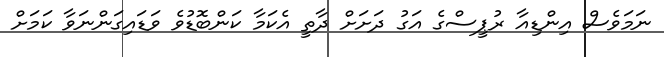
ނަމަވެސް އިންޑިއާ ރުޕީސްގެ އަގު ދަށަށް ދާތީ އެކަމާ ކަންބޮޑުވެ ވަޑައިގަންނަވާ ކަމަށް